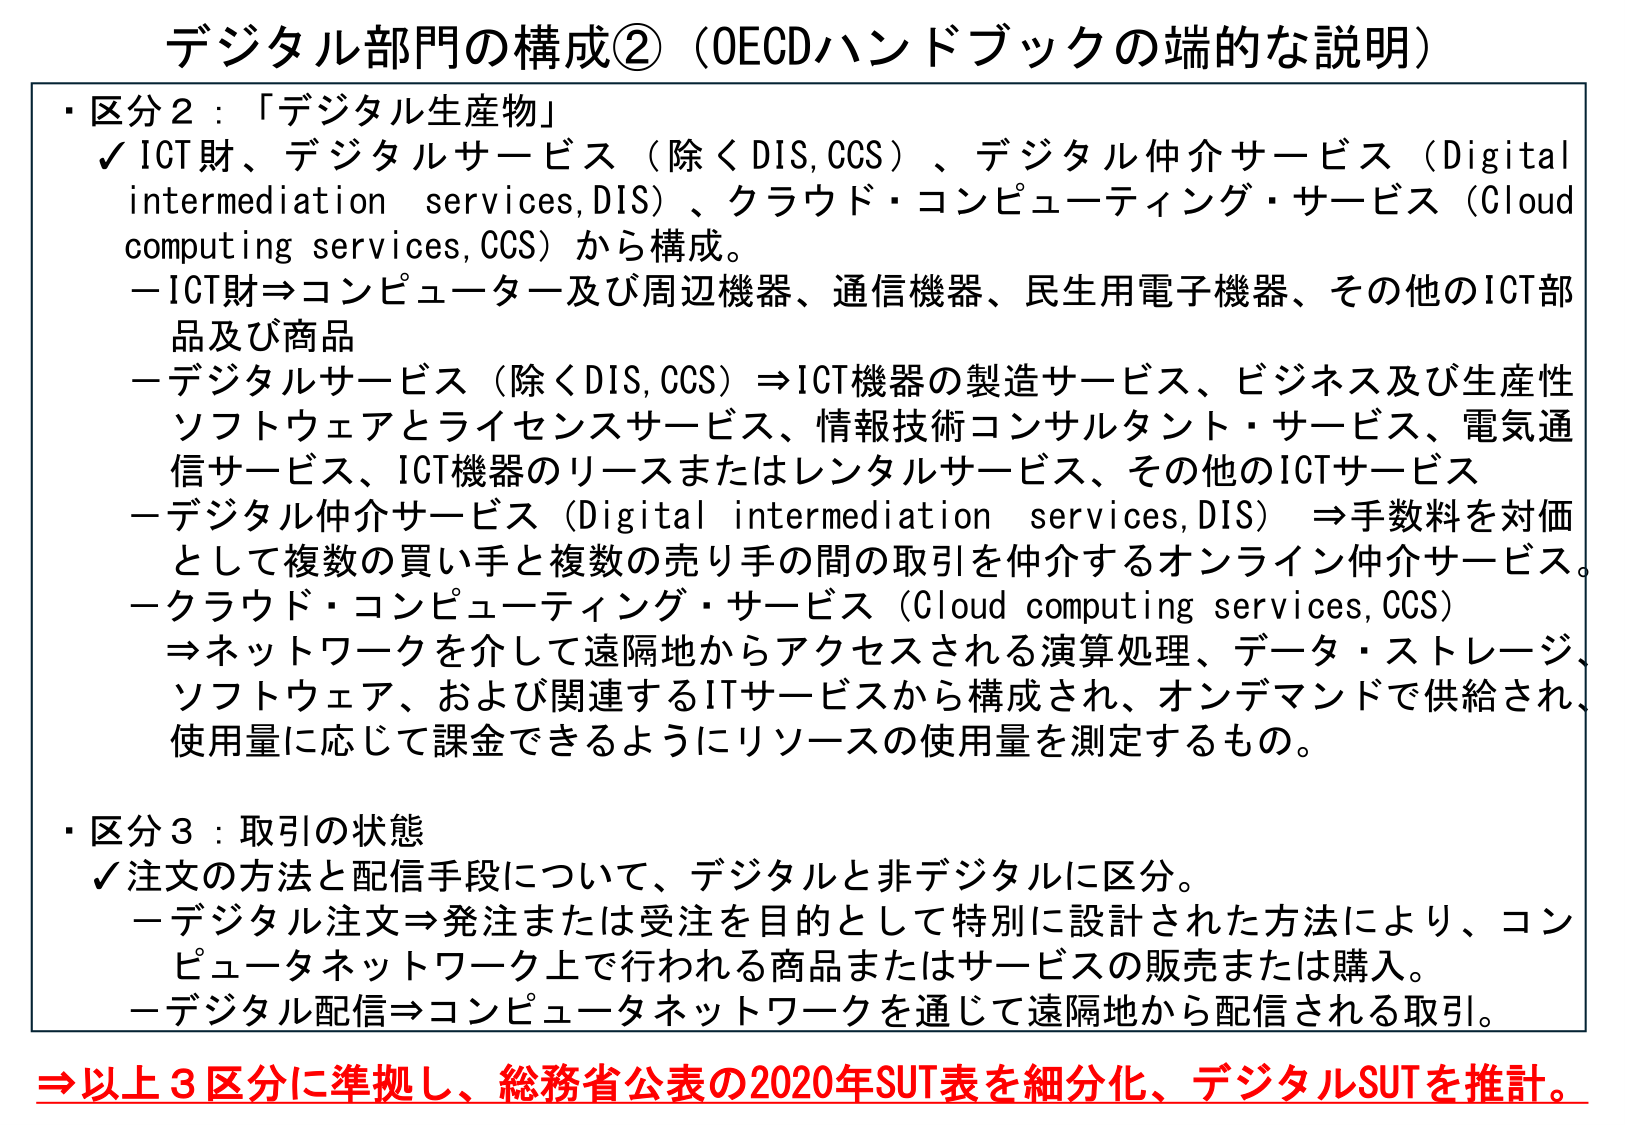
デジタル部門の構成②（OECDハンドブックの端的な説明）

・区分２：「デジタル生産物」
✓ ICT財、デジタルサービス（除くDIS,CCS）、デジタル仲介サービス（Digital intermediation services,DIS）、クラウド・コンピューティング・サービス（Cloud computing services,CCS）から構成。
－ICT財⇒コンピューター及び周辺機器、通信機器、民生用電子機器、その他のICT部品及び商品
－デジタルサービス（除くDIS,CCS）⇒ICT機器の製造サービス、ビジネス及び生産性ソフトウェアとライセンスサービス、情報技術コンサルタント・サービス、電気通信サービス、ICT機器のリースまたはレンタルサービス、その他のICTサービス
－デジタル仲介サービス（Digital intermediation services,DIS）⇒手数料を対価として複数の買い手と複数の売り手の間の取引を仲介するオンライン仲介サービス。
－クラウド・コンピューティング・サービス（Cloud computing services,CCS）⇒ネットワークを介して遠隔地からアクセスされる演算処理、データ・ストレージ、ソフトウェア、および関連するITサービスから構成され、オンデマンドで供給され、使用量に応じて課金できるようにリソースの使用量を測定するもの。

・区分３：取引の状態
✓ 注文の方法と配信手段について、デジタルと非デジタルに区分。
－デジタル注文⇒発注または受注を目的として特別に設計された方法により、コンピュータネットワーク上で行われる商品またはサービスの販売または購入。
－デジタル配信⇒コンピュータネットワークを通じて遠隔地から配信される取引。

⇒以上３区分に準拠し、総務省公表の2020年SUT表を細分化、デジタルSUTを推計。